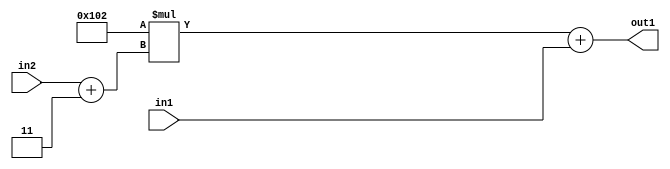
`timescale 1ps / 1ps
/*****************************************************************************
    Verilog RTL Description
    
    
    Created by: Stratus DpOpt 2019.1.01 
*******************************************************************************/

module DC_Filter_Add2u9Mul2i258Add2i3u2_1 (
	in2,
	in1,
	out1
	); /* architecture "behavioural" */ 
input [1:0] in2;
input [8:0] in1;
output [11:0] out1;
wire [11:0] asc001;
wire [2:0] asc002;

assign asc002 = 
	+(in2)
	+(3'B011);

wire [11:0] asc001_tmp_0;
assign asc001_tmp_0 = 
	+(12'B000100000010 * asc002);
assign asc001 = asc001_tmp_0
	+(in1);

assign out1 = asc001;
endmodule

/* CADENCE  uLb4TQw= : u9/ySgnWtBlWxVPRXgAZ4Og= ** DO NOT EDIT THIS LINE ******/